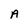
Character: A